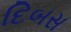
દિબસ